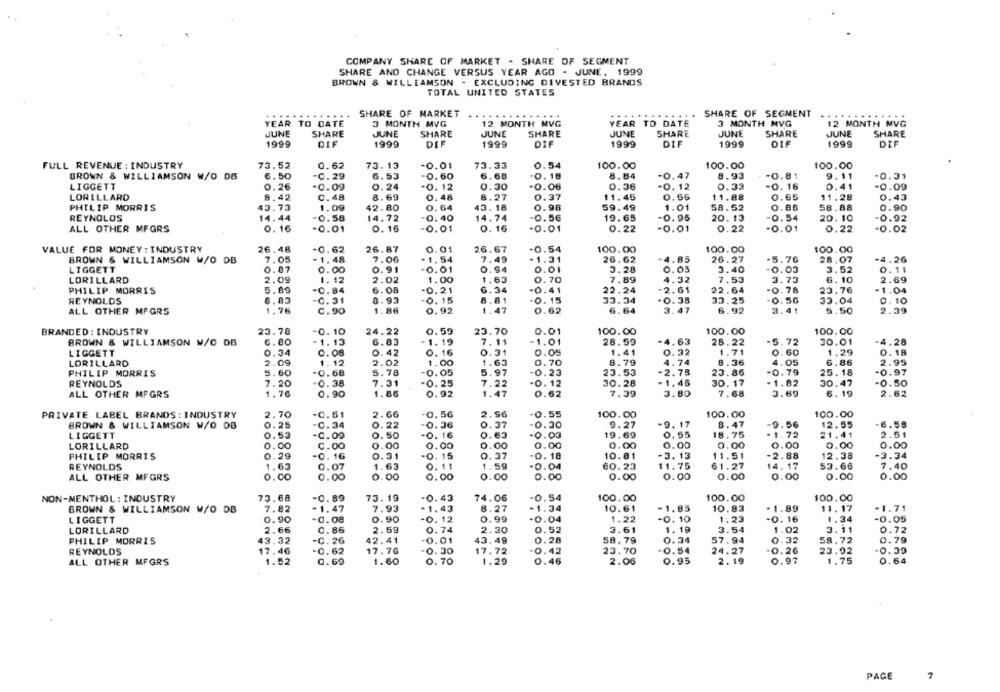
COMPANY SHARE OF MARKET - SHARE OF SEGMENT
SHARE AND CHANGE VERSUS YEAR AGO - JUNE, 1999
BROWN & WILLIAMSON - EXCLUDING DIVESTED BRANDS
TOTAL UNITED STATES
......
SHARE OF MARKET
.....
SHARE OF SEGMENT
YEAR TO DATE
3 MONTH MVG
12 MONTH MVG
YEAR TO DATE
3 MONTH MVG
12 MONTH MVG
JUNE
JUNE
JUNE
JUNE
SHARE
SHARE
SHARE
SHARE
JUNE
SHARE
JUNE
SHARE
1999
DIF
1999
DEF
1999
DIF
1999
DIF
1999
OIF
1999
DIF
FULL REVENUE : INDUSTRY
73.52
0.62
73. 13
-0.01
73.33
0.54
100.00
100.00
100.00
BROWN & WILLIAMSON W/O DE
6.50
-C.29
6.53
-0.60
6.68
-0. 18
8.84
-0.47
8.93
-0.81
9.11
0.31
LIGGETT
0.26
-0.09
0.24
-0. 12
0.30
-0.06
0.36
0. 12
0.33
-0. 16
0.41
-0.09
LORILLARD
8.42
0.48
8.69
0. 48
8.27
0.37
11.45
0.56
11.88
0.65
11.28
0.43
PHILIP MORRIS
43.73
1.09
$2. 80
0.64
43.18
0.98
59.49
1.01
58.52
0.88
58.88
0.90
REYNOLDS
14.44
-0.58
14.72
0.40
14.74
-0.56
19.65
-0.95
20.13
-0.54
20.10
0.92
ALL OTHER MFGRS
0. 16
-0.01
0. 16
-0.01
0. 16
-0.01
0.22
-0.01
0.22
-0.01
0.22
-0.02
VALUE FOR MONEY : INDUSTRY
26.48
-0.62
26.87
0.01
26.67
-0.54
100.00
100.00
100.00
BROWN & WILLIAMSON W/O DB
7.05
-1.48
7.06
- 1.54
7.49
1.31
26.62
4.85
26.27
-5.76
28.07
-4.26
LIGGETT
0.07
0.00
0.91
-0.01
0.94
0.01
3.28
0.05
3.40
-0.03
3.52
0.11
LORILLARD
2.09
1. 12
2.02
1.00
1.63
0.70
7.89
4.32
7.53
3.73
6.10
2.69
PHILIP MORRIS
5.89
-0.84
6.08
-0.21
6.34
-0.41
22.24
2.61
22.64
-0.78
23.76
-1.04
REYNOLDS
6.83
-0.31
8.93
-0. 15
8.81
0, 15
33.34
0.38
33.25
-0.56
33.04
0.10
ALL OTHER MFGRS
1,76
C.90
1.86
0.92
1.47
0.62
6.64
3.47
6.92
3.41
5.50
2.39
BRANDED : INDUSTRY
23.78
-0. 10
24.22
0.59
23.70
0.01
100.00
100.00
100.00
BROWN & WILLIAMSON W/C DE
6. 80
1.13
6.83
-1.19
7.11
-1.01
28.59
4.63
28.22
-5.72
30.01
-4.28
LIGGETT
0.34
0.08
0. 42
0. 16
0.31
0.05
1.41
0.32
1.71
0.60
1.29
0.18
LORILLARD
2.09
1.12
2.02
1.00
1.63
0.70
8.79
4.74
8.36
4.05
6.86
2.95
PHILIP MORRIS
5.60
-0.68
5.78
-0.05
5.97
-0.23
23.53
-2.75
23.86
-0.79
25.18
-0.97
REYNOLDS
7.20
0.38
7.31
.0. 25
7.22
-0. 12
30.28
- 1.46
30. 17
-1.82
30.47
-0.50
ALL OTHER MFGRS
1.76
0.90
1.86
0.92
1.47
0.62
7.39
3.80
7.68
3.69
6.19
2.62
PRIVATE LABEL BRANDS : INDUSTRY
2.70
-C. 51
2.66
-0. 56
2.96
0.55
100.00
100.00
100.00
BROWN & WILLIAMSON W/O DB
0.25
-0.34
0.22
-0.36
0.37
-0.30
9.27
9.17
8.47
-9.56
12.55
-6.58
LIGGETT
0.55
-C.09
0.50
-0. 16
0.63
-0.03
19.69
0.55
18.75
-1.72
21.41
2.51
LORILLARD
0.00
C.00
0.00
0.00
0.00
0.00
0.00
0.00
0.00
0.00
0.00
0.00
PHILIP MORRIS
0.29
-0. 16
0.31
-0. 15
0.37
-0. 18
10.81
-3. 13
11.51
-2.88
12.38
-3.34
REYNOLDS
1.63
0.07
1.63
0.11
1.59
-0.04
OOOO
60.23
$1.75
61.27
14.17
53.66
7.40
ALL OTHER MFGRS
0.00
0.00
0.00
0.00
0.00
0.00
0.00
0.00
0.00
0.00
0.00
0.00
NON-MENTHOL : INDUSTRY
73.68
-0.89
73. 19
74.06
-0.54
100.00
100.00
100.00
-0.43
BROWN & WILLIAMSON W/O DB
7.82
-1,47
7.93
-1.43
8.27
-1.34
10.61
-1.85
10.83
- 1.89
11.17
-1.71
LIGGETT
0.90
-0.08
0.90
-0. 12
0.99
-0.04
1.22
-0. 10
1:23
-0. 16
1.34
-0.05
LORILLARD
2.66
0.86
2.59
0.74
2.30
0.52
3.61
1.18
3.54
1.02
3.11
0.72
PHILIP MORRIS
43.32
0.01
43.49
58.79
0.34
57.94
0.32
58.72
0.79
-C. 26
42.41
0.28
REYNOLDS
17.46
0.62
17.76
-0.30
17.72
-0.42
23.70
0.5
24.27
-0.26
23.92
-0.39
1.52
0.60
1.60
0.70
1.29
0.46
2.06
0.95
2.19
0.97
1.75
0.64
ALL OTHER MFGRS
PAGE
7